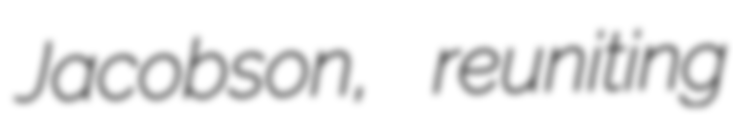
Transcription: Jacobson, reuniting